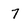
Character: 7